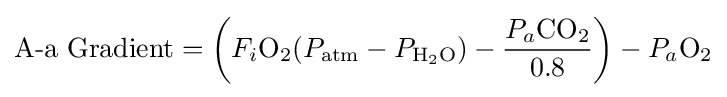
{\text{A-a Gradient}}=\left(F_{i}{\mathrm {O} {\vphantom {A}}_{\smash[{t}]{2}}}(P_{\text{atm}}-P_{\mathrm {H} {\vphantom {A}}_{\smash[{t}]{2}}\mathrm {O} })-{\frac {P_{a}{\mathrm {CO} {\vphantom {A}}_{\smash[{t}]{2}}}}{0.8}}\right)-P_{a}{\mathrm {O} {\vphantom {A}}_{\smash[{t}]{2}}}